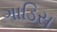
ગાડિસ